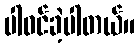
ပါဝင်ခဲ့ပါတယ်။